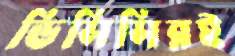
ডিসিসিরই